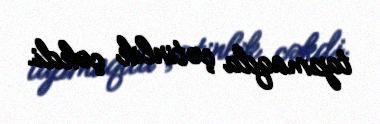
tapmaqda çətinlik çəkdi.